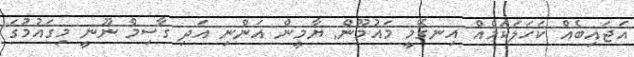
އަޖައިބެއް ކަހަލަކަމެއް އިނގޭމީ މައުމޫން